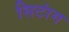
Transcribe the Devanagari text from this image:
सिटांग